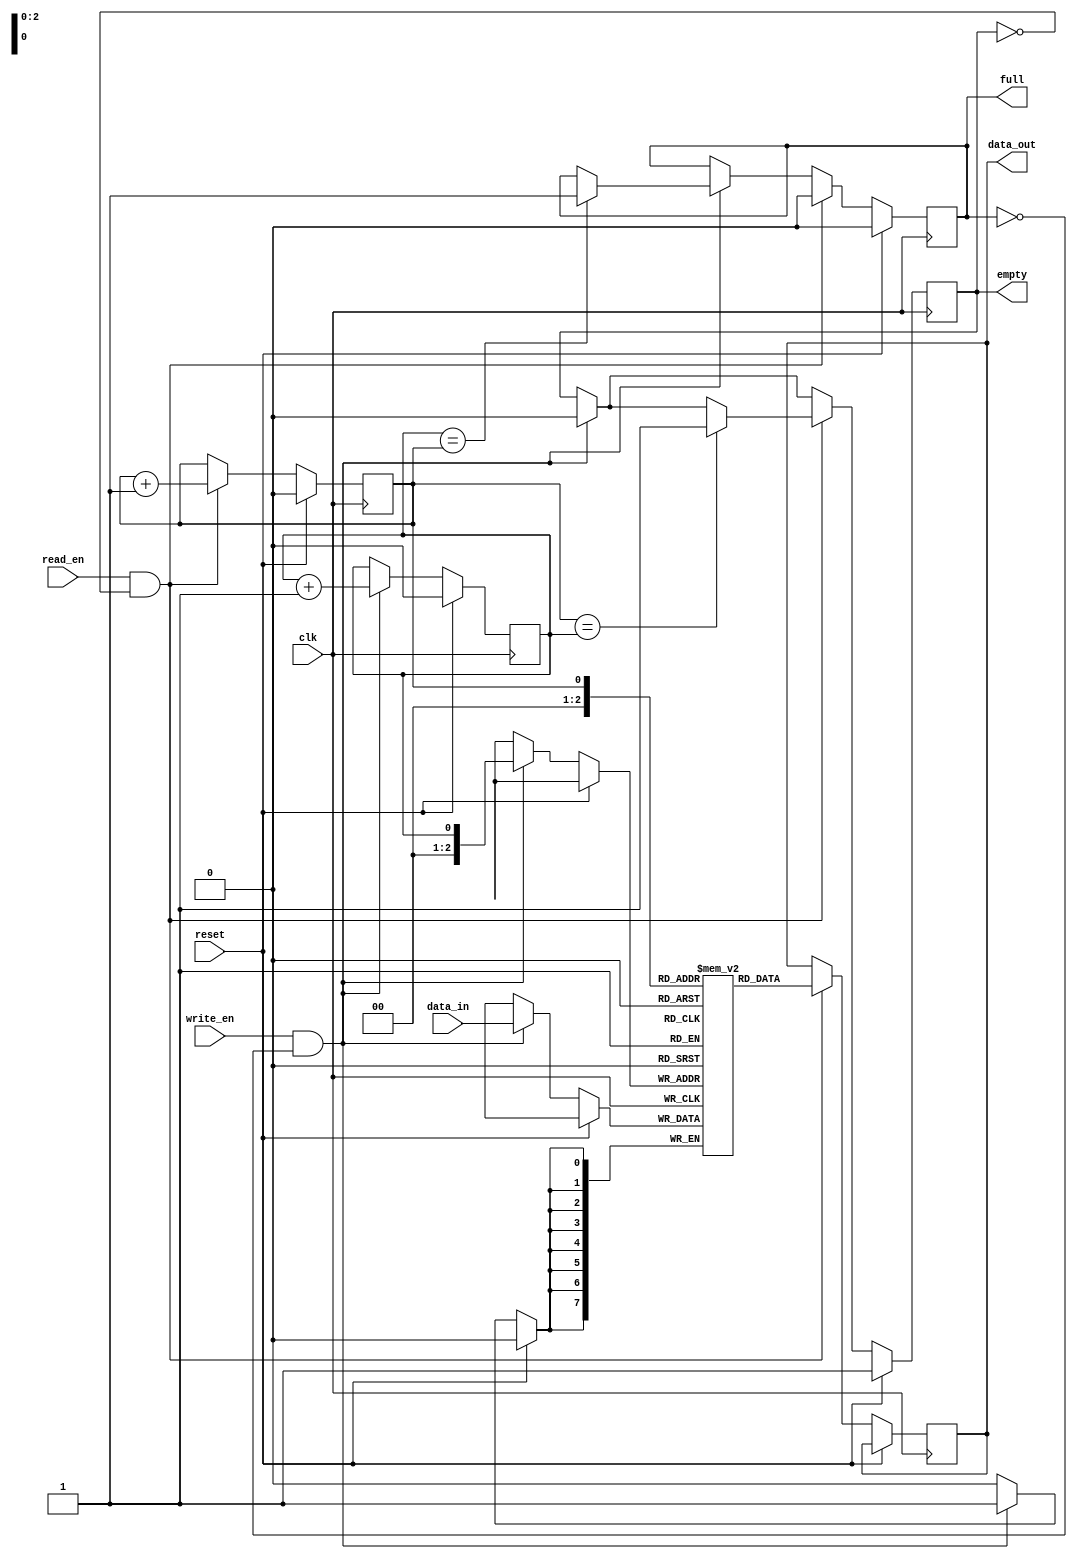
module FIFO(
    input wire clk,
    input wire reset,
    input wire write_en,
    input wire read_en,
    input wire [7:0] data_in,
    output reg [7:0] data_out,
    output reg full,
    output reg empty
);

reg [7:0] buffer [0:7];
reg head = 0;
reg tail = 0;

always @(posedge clk) begin
    if(reset) begin
        head <= 0;
        tail <= 0;
        empty <= 1;
        full <= 0;
    end else begin
        if(write_en && !full) begin
            buffer[tail] <= data_in;
            tail <= tail + 1;
            if(tail == 8) begin
                tail <= 0;
            end
            if(tail == head) begin
                full <= 1;
            end
            empty <= 0;
        end
        
        if(read_en && !empty) begin
            data_out <= buffer[head];
            head <= head + 1;
            if(head == 8) begin
                head <= 0;
            end
            if(head == tail) begin
                empty <= 1;
            end
            full <= 0;
        end
    end
end

endmodule